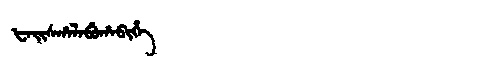
Manchu: ᡶᠠᡳᠰᡥᠠᠯᠠᠪᡠᡥᠠᠪᡳᡥᡝ
Romanization: FAISHALABUHABIHE